Lunatic asylums in Bengal annual reports 1912-1924 - 1912-1924
Year: 1912
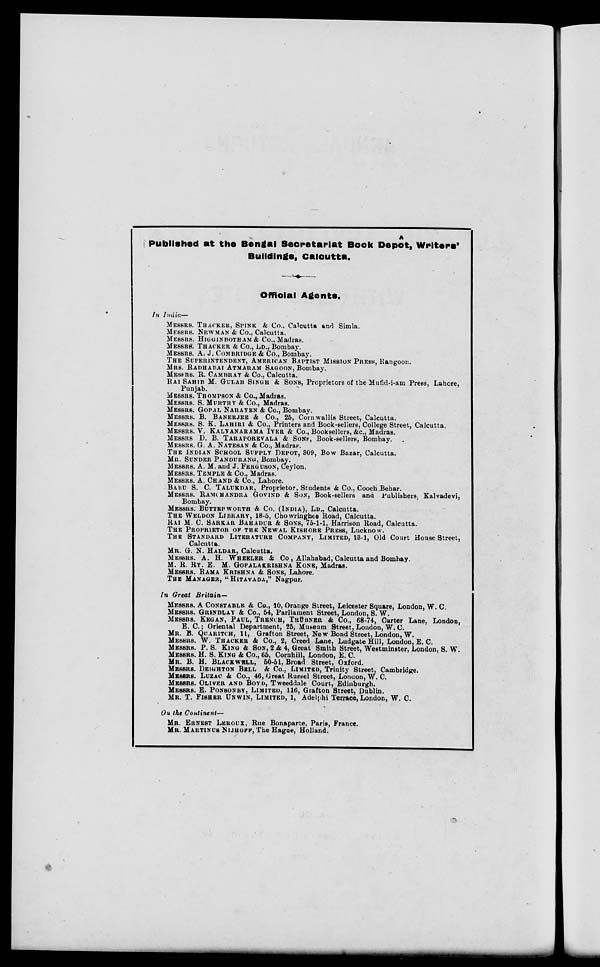
A
Published at the Bengal Secretariat Book Depôt, Writers'
Buildings, Calcutta.
Official Agents.
In India—
MESSRS. THACKER, SPINK & Co.. Calcutta and Simla.
MESSRS. NEWMAN & Co., Calcutta.
MESSRS. HIGGINBOTHAM & Co., Madras.
MESSRS. THACKER & Co., LD. Bombay.
MESSRS. A. J. COMBRIDGE & Co., Bombay.
THE SUPERINTENDENT, AMERICAN BAPTIST MISSION PRESS, Rangoon.
MRS. RADHABAI ATMARAM SAGOON, Bombay.
MESSRS. R. CAMBRAY & Co., Calcutta.
RAI SAHIB M. GULAB SINGH & SONS, Proprietors of the Mufid-i-am Press, Lahore,
Punjab.
MESSRS. THOMPSON & Co., Madras.
MESSRS. S. MURTHY & Co., Madras.
MESSRS. GOPAL NARAYEN & Co., Bombay.
MESSRS. B. BANERJEE & Co., 25, Corn wallis Street, Calcutta.
MESSRS. S. K. LAHIRI & Co., Printers and Book-sellers, College Street, Calcutta.
MESSRS. V. KALYANARAMA IYER & Co., Booksellers, &c., Madras.
MESSRS. D. B. TARAPOREVALA & SONS, Book-sellers, Bombay.
MESSRS. G. A. NATESAN & Co., Madras.
THE INDIAN SCHOOL SUPPLY DEPOT, 309, Bow Bazar, Calcutta.
MR. SUNDER PANDURANG, Bombay.
MESSRS. A. M. and J. FERGUSON, Ceylon.
MESSRS. TEMPLE & Co., Madras.
MESSRS. A. CHAND & Co., Lahore.
BABU S. C. TALUKDAR, Proprietor, Students & Co., Cooch Behar.
MESSRS. RAMCHANDRA GOVIND & SON, Book-sellers and Publishers, Kalvadevi,
Bombay.
MESSRS. BUTTERWORTH & Co. (INDIA), LD., Calcutta.
THE WELDON LIBRARY, 18-5, Chowringhee Road, Calcutta.
RAI M. C. SARKAR BAHADUR & SONS, 75-1-1, Harrison Road, Calcutta.
THE PROPRIETOR OF THE NEWAL KISHORE PRESS, Lucknow.
THE STANDARD LITERATURE COMPANY, LIMITED, 13-1, Old Court House Street,
Calcutta.
MR. G. N. HALDAR, Calcutta.
MESSRS. A. H. WHEELER & Co, Allahabad, Calcutta and Bombay.
M. R. RY. E. M. GOPALAKRISHNA KONE, Madras.
MESSRS. RAMA KRISHNA & SONS, Lahore.
THE MANAGER, "HITAVADA," Nagpur.
In Great Britain—
MESSRS. A CONSTABLE & Co., 10, Orange Street, Leicester Square, London, W. C.
MESSRS. GRINDLAY & Co., 54, Parliament Street, London, S. W.
MESSRS. KEGAN, PAUL, TRENCH, TRÜBNER & Co., 68-74, Carter Lane, London,
E. C.; Oriental Department, 26, Museum Street, London, W. C.
MR. B. QUARITCH, 11, Grafton Street, New Bond Street, London, W.
MESSRS. W. THACKER & Co., 2, Creed Lane, Ludgate Hill, London, E. C.
MESSRS. P. S. KING & SON, 2 & 4, Great Smith Street, Westminster, London, S. W.
MESSRS. H. S. KING & Co., 65, Cornhill, London, E. C.
MR. B. H. BLACKWELL, 50-51, Broad Street, Oxford.
MESSRS. DEIGHTON BELL & Co., LIMITED, Trinity Street, Cambridge.
MESSRS. LUZAC & Co., 46, Great Russel Street, London, W. C.
MESSRS. OLIVER AND BOYD, Tweeddale Court, Edinburgh.
MESSRS. E. PONSONBY, LIMITED, 116, Grafton Street, Dublin.
MR. T. FISHER UNWIN, LIMITED, 1, Adelphi Terrace, London, W. C.
On the Continent—
MR. ERNEST LEROUX, Rue Bonaparte, Paris, France.
MR. MARTINUS NIJHOFF, The Hague, Holland.